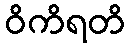
ဝိကိရတိ